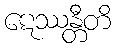
ဋေဿန္တီတိ